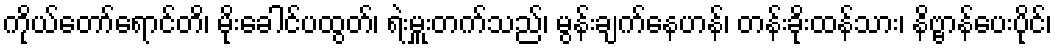
ကိုယ်တော်ရောင်တိ၊ မိုးခေါင်ပထွတ်၊ ရဲးမှူးတက်သည်၊ မွန်းချက်နေဟန်၊ တန်းခိုးထန်သား၊ နိဗ္ဗာန်ပေးပိုင်၊